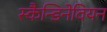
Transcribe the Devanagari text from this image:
स्कैन्डिनेवियन